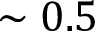
\sim 0 . 5